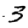
Digit: 3